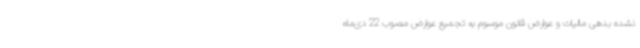
نشده بدهی مالیات و عوارض قانون موسوم به تجمیع عوارض مصوب 22 دی‌ماه